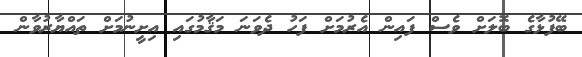
ބޭފުޅާގެ ބޮލަށް ވެސް ފައިން އެރުމަށް ފަހު ދެވަނަ މަޤާމުގައި އިށީނުމަށް ތައްޔާރުވާން